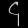
Digit: ၄